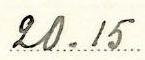
20.15